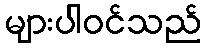
များပါဝင်သည်